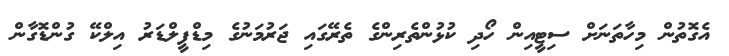
އެގޮތުން މިހާތަނަށް ސިޓީއިން ހޯދި ކުޅުންތެރިންގެ ތެރޭގައި ޖަރުމަނުގެ މިޑްފީލްޑަރު އިލްކޭ ގުންޑޮގާން